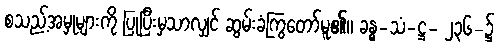
စသည့်အမှုများကို ပြုပြီးမှသာလျှင် ဆွမ်းခံကြွတော်မူ၏။ ခန္ဓ-သံ-ဋ္ဌ- ၂၃၆-၌